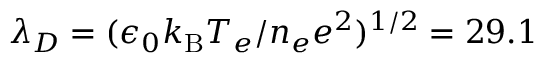
\lambda _ { D } = ( \epsilon _ { 0 } k _ { \mathrm { B } } T _ { e } / n _ { e } e ^ { 2 } ) ^ { 1 / 2 } = 2 9 . 1